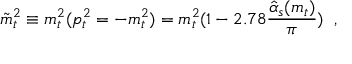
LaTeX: \tilde { m } _ { t } ^ { 2 } \equiv m _ { t } ^ { 2 } ( p _ { t } ^ { 2 } = - m _ { t } ^ { 2 } ) = m _ { t } ^ { 2 } ( 1 - 2 . 7 8 \frac { \hat { \alpha } _ { s } ( m _ { t } ) } { \pi } ) \; \; ,